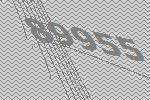
89955